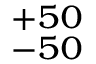
^ { + 5 0 } _ { - 5 0 }